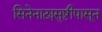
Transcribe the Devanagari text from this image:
सिनेनाट्यसृष्टीपासून